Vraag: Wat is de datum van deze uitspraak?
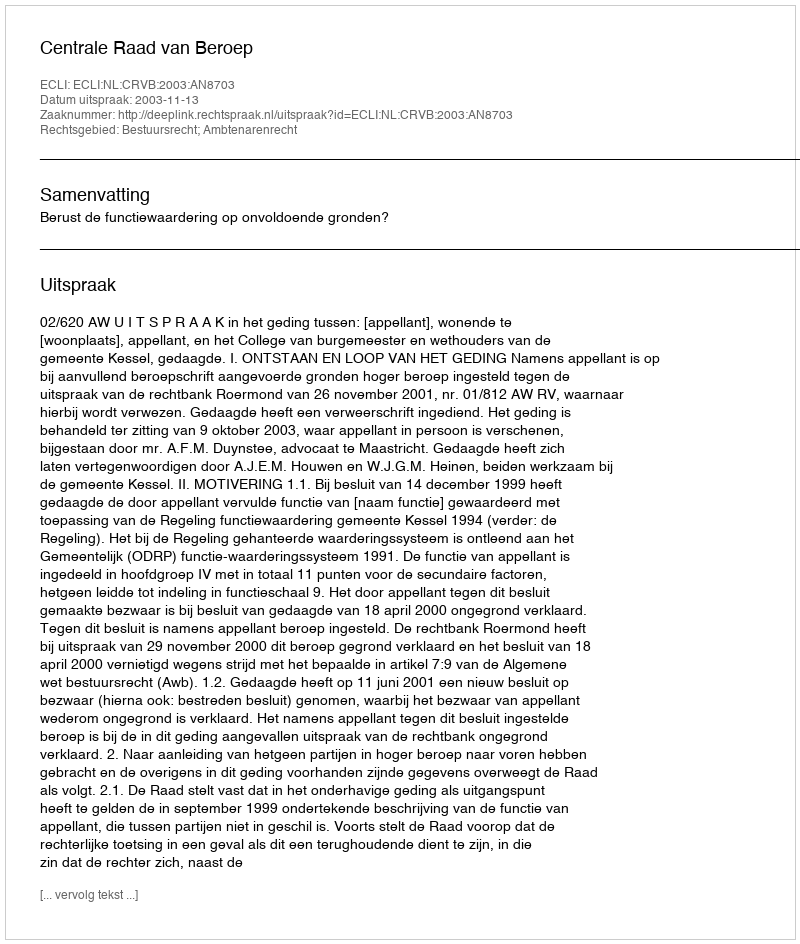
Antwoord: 2003-11-13